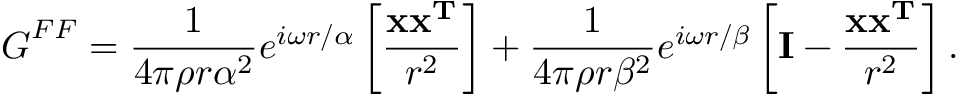
\boldsymbol { G } ^ { F F } = \frac { 1 } { 4 \pi \rho r \alpha ^ { 2 } } e ^ { i \omega r / \alpha } \left[ \frac { { \bf x x ^ { T } } } { r ^ { 2 } } \right] + \frac { 1 } { 4 \pi \rho r \beta ^ { 2 } } e ^ { i \omega r / \beta } \left[ { \bf I } - \frac { { \bf x x ^ { T } } } { r ^ { 2 } } \right] .